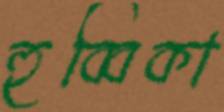
হুব্বিকা